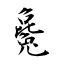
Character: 毚